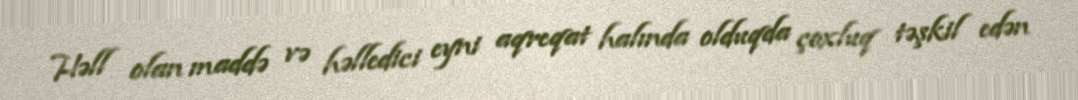
Həll olan maddə və həlledici eyni aqreqat halında olduqda çoxluq təşkil edən